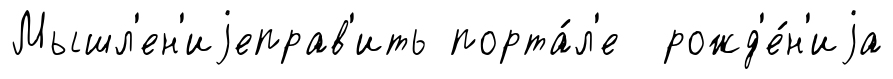
Мышл'ен'иjеправ'ить порта́л'е рожд'е́н'иjа